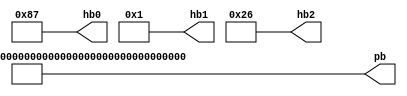
// (C) 2001-2018 Intel Corporation. All rights reserved.
// Your use of Intel Corporation's design tools, logic functions and other 
// software and tools, and its AMPP partner logic functions, and any output 
// files from any of the foregoing (including device programming or simulation 
// files), and any associated documentation or information are expressly subject 
// to the terms and conditions of the Intel Program License Subscription 
// Agreement, Intel FPGA IP License Agreement, or other applicable 
// license agreement, including, without limitation, that your use is for the 
// sole purpose of programming logic devices manufactured by Intel and sold by 
// Intel or its authorized distributors.  Please refer to the applicable 
// agreement for further details.


// (C) 2001-2017 Intel Corporation. All rights reserved.
// Your use of Intel Corporation's design tools, logic functions and other 
// software and tools, and its AMPP partner logic functions, and any output 
// files from any of the foregoing (including device programming or simulation 
// files), and any associated documentation or information are expressly subject 
// to the terms and conditions of the Intel Program License Subscription 
// Agreement, Intel FPGA IP License Agreement, or other applicable 
// license agreement, including, without limitation, that your use is for the 
// sole purpose of programming logic devices manufactured by Intel and sold by 
// Intel or its authorized distributors.  Please refer to the applicable 
// agreement for further details.




//
// Module to create dummy HDR InfoFrame packet header and payload data
//

module altera_hdmi_hdr_infoframe ( hb0, hb1, hb2, pb );

output wire [7:0] hb0; // InfoFrame type = HDR
output wire [7:0] hb1; // Version number
output wire [7:0] hb2; // Length of HDR Metadata InfoFrame

output wire [28*8-1:0] pb;

assign hb0 = 8'h87;
assign hb1 = 8'h01;
assign hb2 = 8'h26;

// Electro-Optical Transfer Function
// 0 = Native Gamma
// 1 = SMPTE 2084 [2]
// 2 = Future EOTF
// 3 - 7 Reserved
wire [2:0] EOTF = 3'b000;

//EOTF_Transition_Flag
// 0 = No info
// 1 = The EOTF signaled in the HDR and Colorimetry InfoFrame might not be consistent with the EOTF in the current stream.
wire [0:0] EOTF_Transition_Flag = 1'b0;

// Static_Metadata_Descriptor_ID
// 0 = Blu-ray Disc Association Static Metadata
// 1 = Reserved
wire [2:0] Static_Metadata_Descriptor_ID = 1'b0;

wire [7:0] Static_Metadata_Descriptor [26:3];

assign Static_Metadata_Descriptor[ 3] = 8'h3; // display_primaries_x[0], LSB
assign Static_Metadata_Descriptor[ 4] = 8'h4; // display_primaries_x[0], MSB
assign Static_Metadata_Descriptor[ 5] = 8'h5; // display_primaries_y[0], LSB
assign Static_Metadata_Descriptor[ 6] = 8'h6; // display_primaries_y[0], MSB
assign Static_Metadata_Descriptor[ 7] = 8'h7; // display_primaries_x[1], LSB
assign Static_Metadata_Descriptor[ 8] = 8'h8; // display_primaries_x[1], MSB
assign Static_Metadata_Descriptor[ 9] = 8'h9; // display_primaries_y[1], LSB
assign Static_Metadata_Descriptor[10] = 8'hA; // display_primaries_y[1], MSB
assign Static_Metadata_Descriptor[11] = 8'hB; // display_primaries_x[2], LSB
assign Static_Metadata_Descriptor[12] = 8'hC; // display_primaries_x[2], MSB
assign Static_Metadata_Descriptor[13] = 8'hD; // display_primaries_y[2], LSB
assign Static_Metadata_Descriptor[14] = 8'hE; // display_primaries_y[2], MSB
assign Static_Metadata_Descriptor[15] = 8'hF; // white_point_x, LSB
assign Static_Metadata_Descriptor[16] = 8'h10; // white_point_x, MSB
assign Static_Metadata_Descriptor[17] = 8'h11; // white_point_y, LSB
assign Static_Metadata_Descriptor[18] = 8'h12; // white_point_y, MSB
assign Static_Metadata_Descriptor[19] = 8'h13; // max_display_mastering_luminance, LSB
assign Static_Metadata_Descriptor[20] = 8'h14; // max_display_mastering_luminance, MSB
assign Static_Metadata_Descriptor[21] = 8'h15; // min_display_mastering_luminance, LSB
assign Static_Metadata_Descriptor[22] = 8'h16; // min_display_mastering_luminance, MSB
assign Static_Metadata_Descriptor[23] = 8'h17; // Maximum Content Light Level, LSB
assign Static_Metadata_Descriptor[24] = 8'h18; // Maximum Content Light Level, MSB
assign Static_Metadata_Descriptor[25] = 8'h19; // Maximum Frame-average Light Level, LSB
assign Static_Metadata_Descriptor[26] = 8'h1A; // Maximum Frame-average Light Level, MSB


assign pb = 
  {
    {5'd0, EOTF},                                                 // Data byte 1
    {4'd0, EOTF_Transition_Flag, Static_Metadata_Descriptor_ID},  // Data byte 2
      Static_Metadata_Descriptor[ 3],                             // Data byte 3
      Static_Metadata_Descriptor[ 4],                             // Data byte 4
      Static_Metadata_Descriptor[ 5],                             // Data byte 5
      Static_Metadata_Descriptor[ 6],                             // Data byte 6
      Static_Metadata_Descriptor[ 7],                             // Data byte 7
      Static_Metadata_Descriptor[ 8],                             // Data byte 8
      Static_Metadata_Descriptor[ 9],                             // Data byte 9
      Static_Metadata_Descriptor[10],                             // Data byte 10
      Static_Metadata_Descriptor[11],                             // Data byte 11
      Static_Metadata_Descriptor[12],                             // Data byte 12
      Static_Metadata_Descriptor[13],                             // Data byte 13
      Static_Metadata_Descriptor[14],                             // Data byte 14
      Static_Metadata_Descriptor[15],                             // Data byte 15
      Static_Metadata_Descriptor[16],                             // Data byte 16
      Static_Metadata_Descriptor[17],                             // Data byte 17
      Static_Metadata_Descriptor[18],                             // Data byte 18
      Static_Metadata_Descriptor[19],                             // Data byte 19
      Static_Metadata_Descriptor[20],                             // Data byte 20
      Static_Metadata_Descriptor[21],                             // Data byte 21
      Static_Metadata_Descriptor[22],                             // Data byte 22
      Static_Metadata_Descriptor[23],                             // Data byte 23
      Static_Metadata_Descriptor[24],                             // Data byte 24
      Static_Metadata_Descriptor[25],                             // Data byte 25
      Static_Metadata_Descriptor[26],                             // Data byte 26
      16'd0 // padding
  };
endmodule